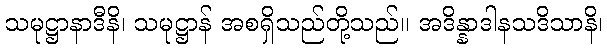
သမုဋ္ဌာနာဒီနိ၊ သမုဋ္ဌာန် အစရှိသည်တို့သည်။ အဒိန္နာဒါနသဒိသာနိ၊